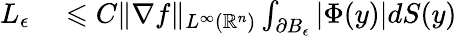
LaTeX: \begin{array}{rl}{L_{\epsilon}}&{{}\leqslant C\| \nabla f\| _{L^{\infty}(\mathbb{R}^{n})}\int_{\partial B_{\epsilon}}|\Phi(y)|dS(y)}\end{array}